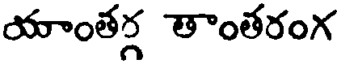
యాంతగ్గ తాంతరంగ